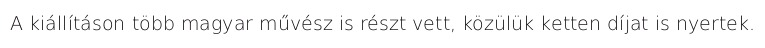
A kiállításon több magyar művész is részt vett, közülük ketten díjat is nyertek.